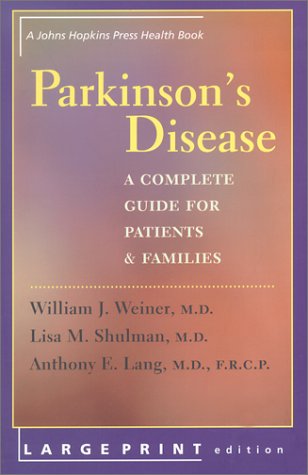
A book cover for Parkinson's Disease: A Complete Guide for Patients and Families (A Johns Hopkins Press Health Book); Dr. William J. Weiner MD; Health, Fitness & Dieting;